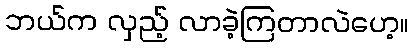
ဘယ်က လှည့် လာခဲ့ကြတာလဲဟေ့။